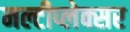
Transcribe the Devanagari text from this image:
मल्टीप्लेक्सर